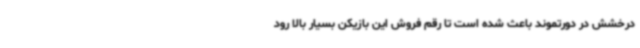
درخشش در دورتموند باعث شده است تا رقم فروش این بازیکن بسیار بالا رود